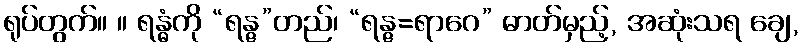
ရုပ်တွက်။ ။ ရန္ဓံကို “ရန္ဇ”တည်၊ “ရန္ဇ=ရာဂေ” ဓာတ်မှည့်, အဆုံးသရ ချေ,